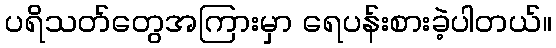
ပရိသတ်တွေအကြားမှာ ရေပန်းစားခဲ့ပါတယ်။